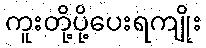
ကူးတို့ပို့ပေးရကျိုး